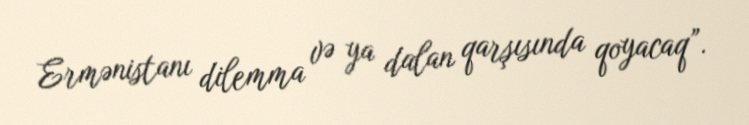
Ermənistanı dilemma və ya dalan qarşısında qoyacaq”.